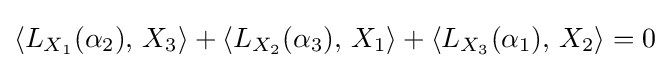
\left\langle L_{X_{1}}(\alpha _{2}),\,X_{3}\right\rangle +\left\langle L_{X_{2}}(\alpha _{3}),\,X_{1}\right\rangle +\left\langle L_{X_{3}}(\alpha _{1}),\,X_{2}\right\rangle =0